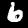
Digit: 6